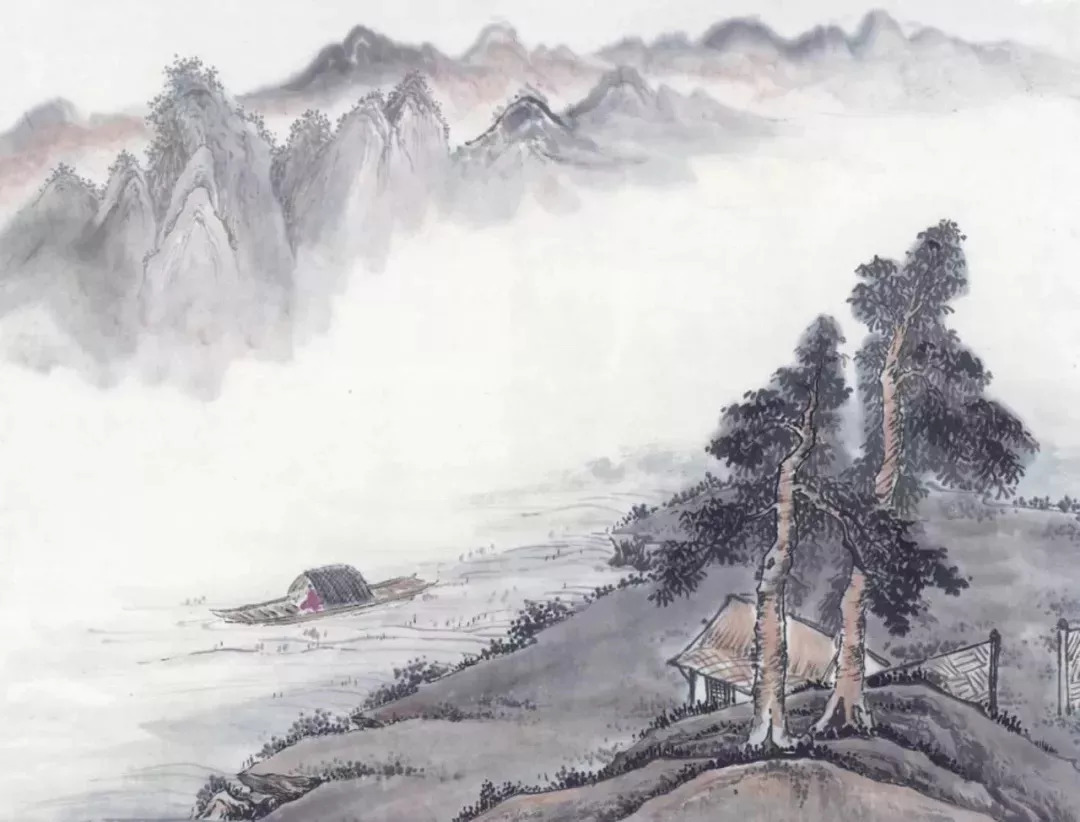
伫听寒声，云深无雁影。